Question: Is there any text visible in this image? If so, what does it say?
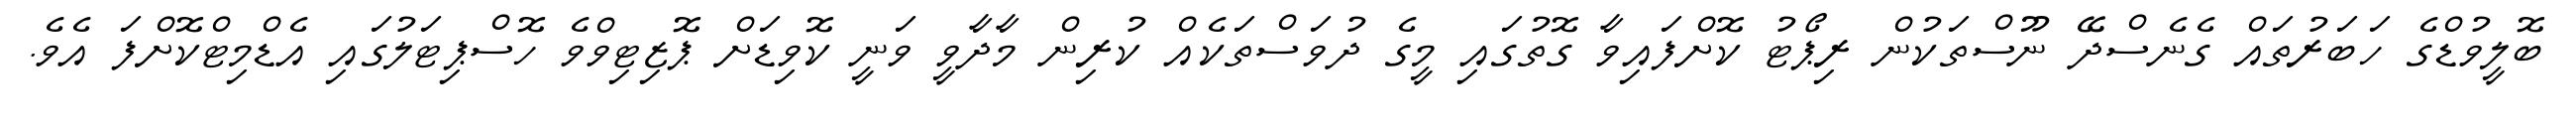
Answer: ބޮލީވުޑްގެ ހަބަރުތައް ގެނެސްދޭ ނޫސްތަކުން ރިޕޯޓު ކޮށްފައިވާ ގޮތުގައި މީގެ ދުވަސްތަކެއް ކުރިން މާދާވީ ވަނީ ކޮވިޑަށް ޕޮޒިޓިވްވެ ހޮސްޕިޓަލުގައި އެޑްމިޓްކޮށްފަ އެވެ.